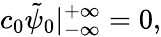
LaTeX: c_{0}\tilde{\psi}_{0}|_{-\infty}^{+\infty}=0,